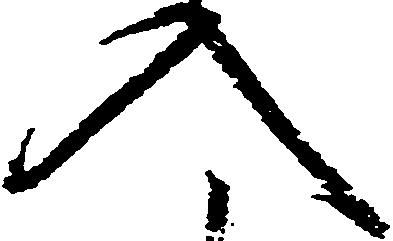
入